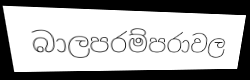
බාලපරම්පරාවල